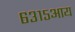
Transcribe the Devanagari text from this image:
६३१५आय